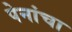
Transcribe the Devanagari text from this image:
पेनांचा